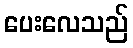
ပေးလေသည်